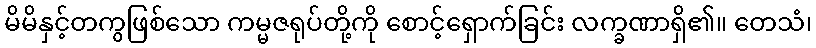
မိမိနှင့်တကွဖြစ်သော ကမ္မဇရုပ်တို့ကို စောင့်ရှောက်ခြင်း လက္ခဏာရှိ၏။ တေသံ၊